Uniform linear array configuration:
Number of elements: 32
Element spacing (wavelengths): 0.25
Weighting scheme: blackman
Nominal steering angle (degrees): -60
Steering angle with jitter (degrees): -60.471
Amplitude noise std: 0.05
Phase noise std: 0.05

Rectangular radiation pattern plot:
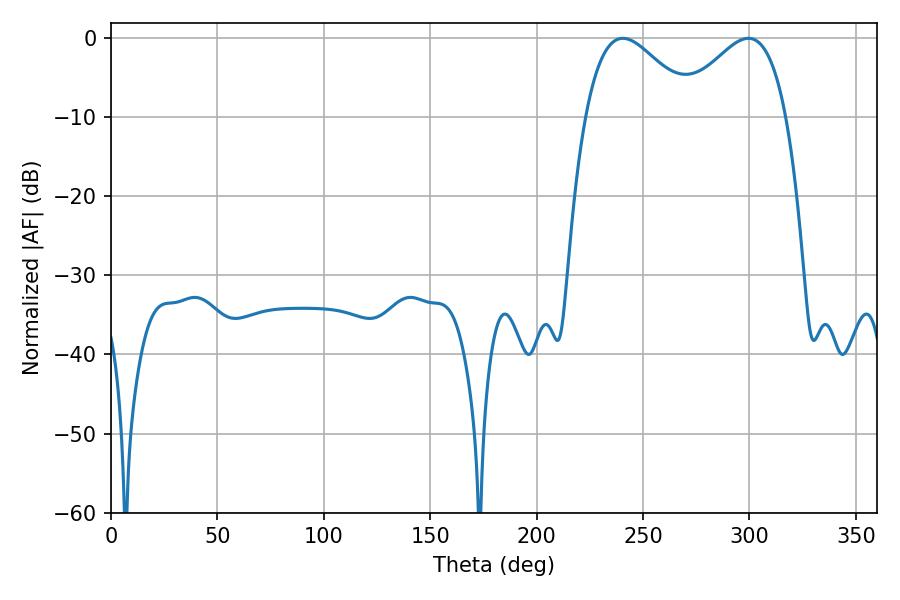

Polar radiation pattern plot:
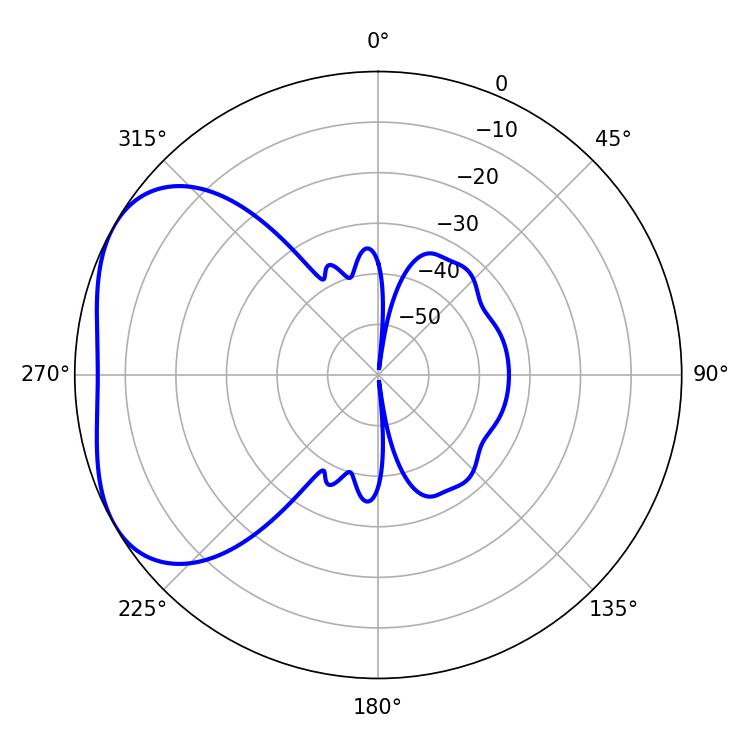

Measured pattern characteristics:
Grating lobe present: FALSE
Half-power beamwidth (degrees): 27.54
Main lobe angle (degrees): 240.48